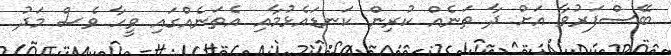
ބޭސްފަރުވާ އަށް ދާ ތަނެއް ކުރިން ކަނޑައެޅުމާއި އެތަނެއްގައި ވީހާ ވެސް މަދު